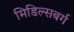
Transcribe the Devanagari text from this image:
मिडिल्सबर्ग